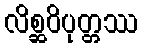
လိစ္ဆဝိပုတ္တဿ